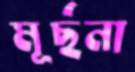
মূর্ছনা